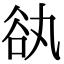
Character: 𧮭